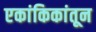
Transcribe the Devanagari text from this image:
एकांकिकांतून